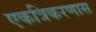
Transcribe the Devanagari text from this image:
एकत्रिकरणास